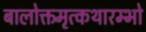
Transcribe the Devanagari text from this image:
बालोक्तमृत्कथारम्भो